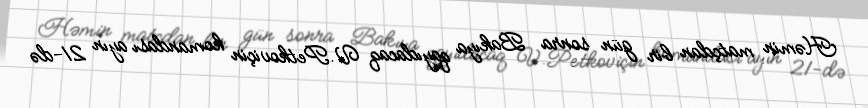
Həmin matçdan bir gün sonra Bakıya qayıdacaq V.Petkoviçin komandası ayın 21-də